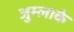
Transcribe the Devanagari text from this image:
जुम्लाके